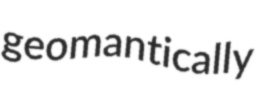
geomantically